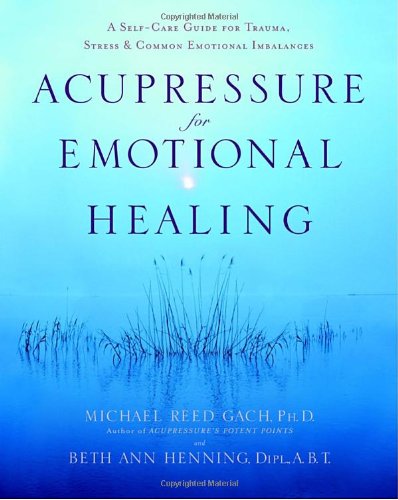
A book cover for Acupressure for Emotional Healing: A Self-Care Guide for Trauma, Stress, & Common Emotional Imbalances; Michael Reed Gach Ph.D.; Health, Fitness & Dieting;